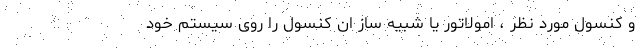
و کنسول مورد نظر ، امولاتور یا شبیه ساز ان کنسول را روی سیستم خود